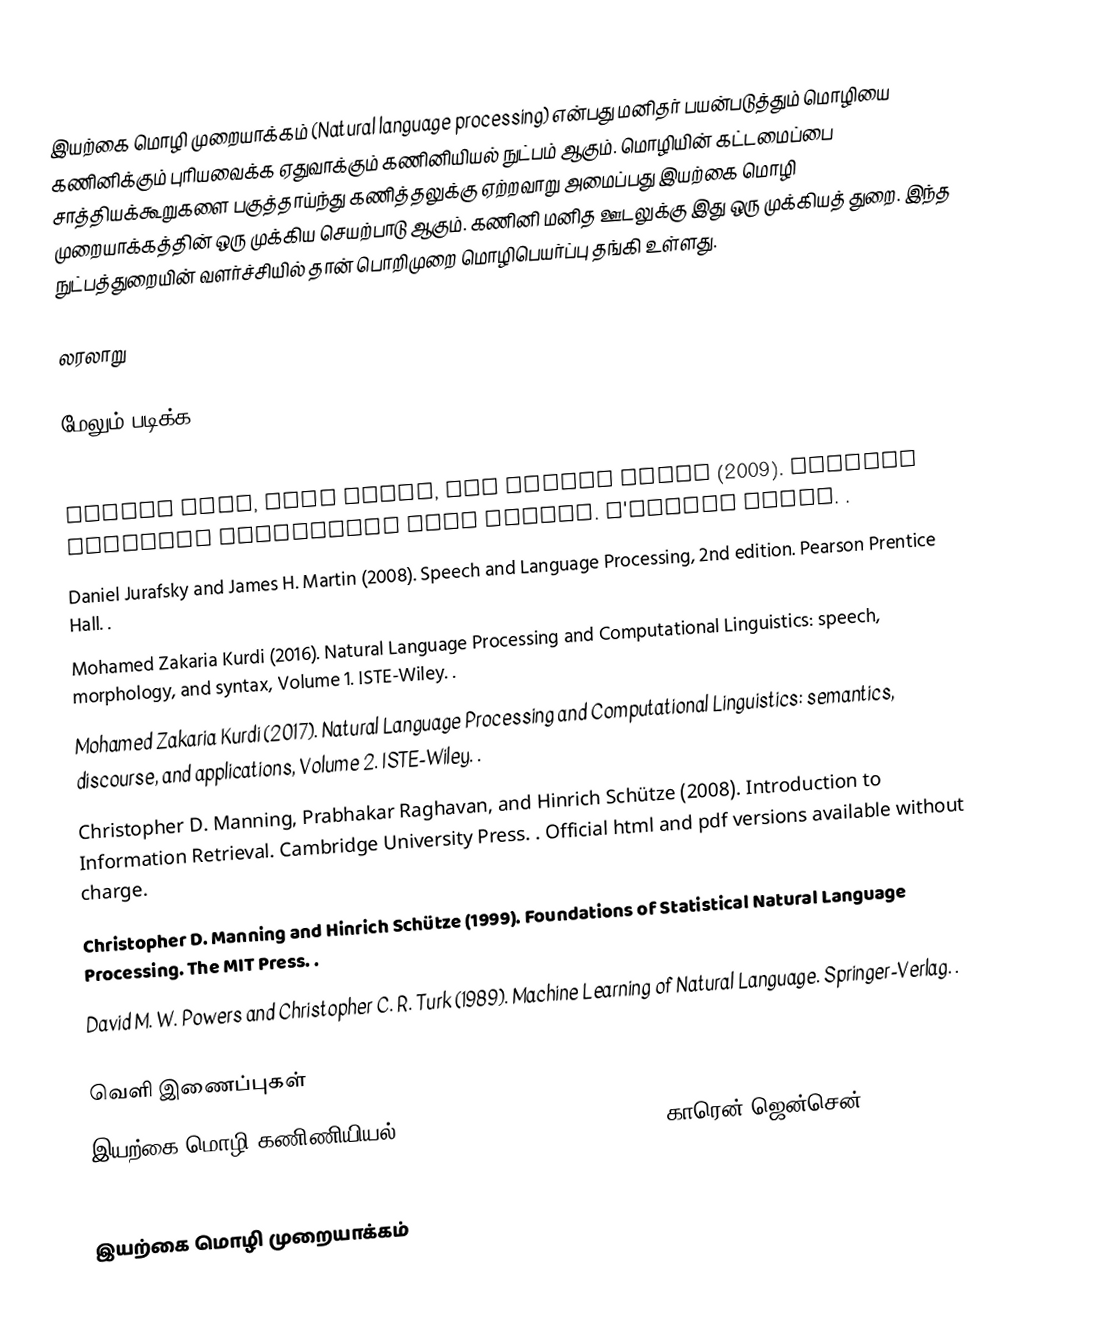
இயற்கை மொழி முறையாக்கம் (Natural language processing) என்பது மனிதர் பயன்படுத்தும் மொழியை கணினிக்கும் புரியவைக்க ஏதுவாக்கும் கணினியியல் நுட்பம் ஆகும்.  மொழியின் கட்டமைப்பை சாத்தியக்கூறுகளை பகுத்தாய்ந்து கணித்தலுக்கு ஏற்றவாறு அமைப்பது இயற்கை மொழி முறையாக்கத்தின் ஒரு முக்கிய செயற்பாடு ஆகும்.  கணினி மனித ஊடலுக்கு இது ஒரு முக்கியத் துறை.  இந்த நுட்பத்துறையின் வளர்ச்சியில் தான் பொறிமுறை மொழிபெயர்ப்பு தங்கி உள்ளது.

லரலாறு

மேலும் படிக்க

 Steven Bird, Ewan Klein, and Edward Loper (2009). Natural Language Processing with Python. O'Reilly Media. .
 Daniel Jurafsky and James H. Martin (2008). Speech and Language Processing, 2nd edition. Pearson Prentice Hall. .
 Mohamed Zakaria Kurdi (2016). Natural Language Processing and Computational Linguistics: speech, morphology, and syntax, Volume 1. ISTE-Wiley. .
 Mohamed Zakaria Kurdi (2017). Natural Language Processing and Computational Linguistics: semantics, discourse, and applications, Volume 2. ISTE-Wiley. .
 Christopher D. Manning, Prabhakar Raghavan, and Hinrich Schütze (2008). Introduction to Information Retrieval. Cambridge University Press. . Official html and pdf versions available without charge.
 Christopher D. Manning and Hinrich Schütze (1999). Foundations of Statistical Natural Language Processing. The MIT Press. .
 David M. W. Powers and Christopher C. R. Turk (1989). Machine Learning of Natural Language. Springer-Verlag. .

வெளி இணைப்புகள்
 இயற்கை மொழி கணிணியியல் (Natural Language Processing) - காரென் ஜென்சென் (Karen Jensen)

இயற்கை மொழி முறையாக்கம்